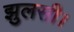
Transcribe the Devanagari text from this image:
झुलसी।